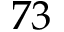
^ Ḋ 7 3 Ḍ